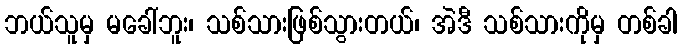
ဘယ်သူမှ မခေါ်ဘူး၊ သစ်သားဖြစ်သွားတယ်၊ အဲဒီ သစ်သားကိုမှ တစ်ခါ